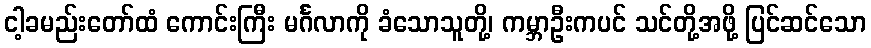
ငါ့ခမည်းတော်ထံ ကောင်းကြီး မင်္ဂလာကို ခံသောသူတို့၊ ကမ္ဘာဦးကပင် သင်တို့အဖို့ ပြင်ဆင်သော